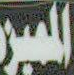
المميزه